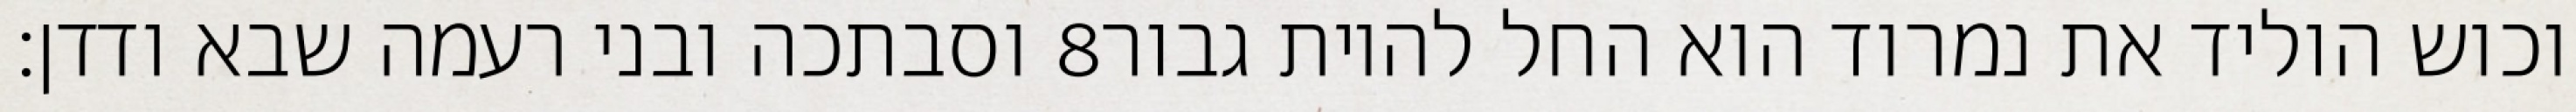
וסבתכה ובני רעמה שבא ודדן׃ ‎8‏ וכוש הוליד את נמרוד הוא החל להיות גבור